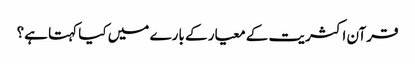
قرآن اکثریت کے معیار کے بارے میں کیا کہتا ہے؟